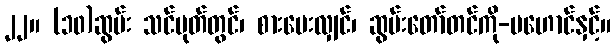
၂၂။ (၁၀)ဆွမ်း သင်ပုတ်တွင်၊ စားပေးလျှင်၊ ဆွမ်းတော်တင်ကို-မဟောင်နှင့်။